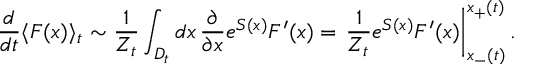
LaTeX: \frac { d } { d t } \langle F ( x ) \rangle _ { t } \sim \frac { 1 } { Z _ { t } } \int _ { D _ { t } } d x \, \frac { \partial } { \partial x } e ^ { S ( x ) } F ^ { \prime } ( x ) = \left. \frac { 1 } { Z _ { t } } e ^ { S ( x ) } F ^ { \prime } ( x ) \right| _ { x _ { - } ( t ) } ^ { x _ { + } ( t ) } .